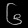
Digit: ၆